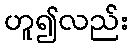
ဟူ၍လည်း